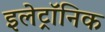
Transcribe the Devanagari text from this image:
इलेट्रॉनिक